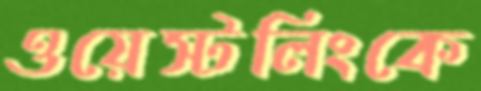
ওয়েস্টলিংকে